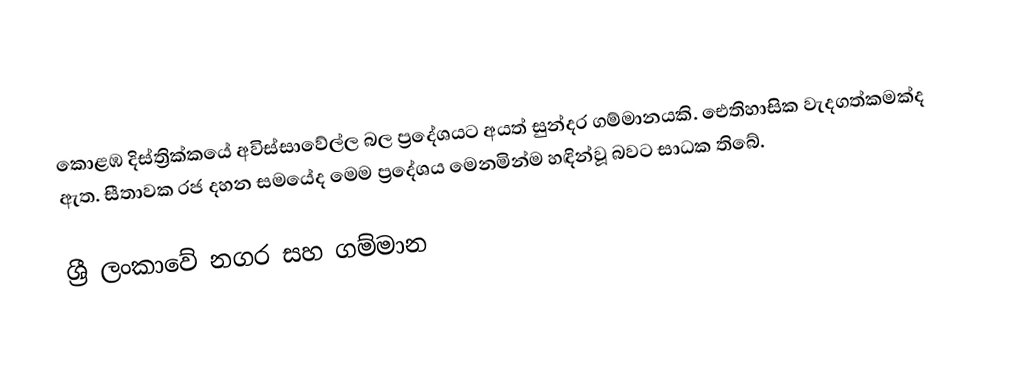
කොළඹ දිස්ත්‍රික්කයේ අවිස්සාවේල්ල බල ප්‍රදේශයට අයත් සුන්දර ගම්මානයකි.  ඓතිහාසික වැදගත්කමක්ද ඇත.  සීතාවක රජ දහන සමයේද මෙම ප්‍රදේශය මෙනමින්ම හඳින්වූ බවට සාධක තිබේ.

ශ්‍රී ලංකාවේ නගර සහ ගම්මාන